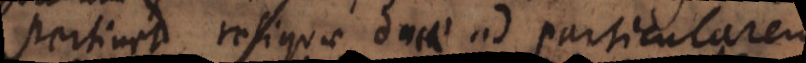
(1) reliquae duae ad particularem,